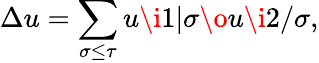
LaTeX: \Delta u=\sum_{\sigma\leq\tau}u\i 1|\sigma\o u\i 2/\sigma,